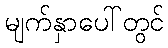
မျက်နှာပေါ်တွင်